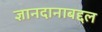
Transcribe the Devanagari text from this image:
ज्ञानदानाबद्दल